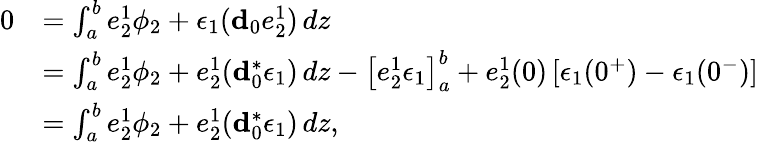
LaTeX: \begin{array}{rl}{0}&{=\int_{a}^{b}e_{2}^{1}\phi_{2}+\epsilon_{1}(\mathbf{d}_{0}e_{2}^{1})\, dz}\\ &{=\int_{a}^{b}e_{2}^{1}\phi_{2}+e_{2}^{1}(\mathbf{d}_{0}^{\ast}\epsilon_{1})\, dz-\big[e_{2}^{1}\epsilon_{1}\big]_{a}^{b}+e_{2}^{1}(0)\left[\epsilon_{1}(0^{+})-\epsilon_{1}(0^{-})\right]}\\ &{=\int_{a}^{b}e_{2}^{1}\phi_{2}+e_{2}^{1}(\mathbf{d}_{0}^{\ast}\epsilon_{1})\, dz,}\end{array}